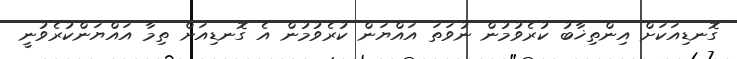
ގޮނޑިއަކަށް އިންތިޚާބު ކުރެވުމުން ނުވަތަ އައްޔަން ކުރެވުމުން އެ ގޮނޑިއަށް ތިމާ އައްޔަންކުރެވުނީ